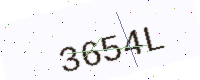
Text: 3654L